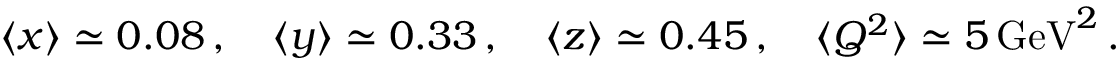
\langle x \rangle \simeq 0 . 0 8 \, , \quad \langle y \rangle \simeq 0 . 3 3 \, , \quad \langle z \rangle \simeq 0 . 4 5 \, , \quad \langle Q ^ { 2 } \rangle \simeq 5 \, \mathrm { G e V } ^ { 2 } \, .